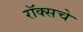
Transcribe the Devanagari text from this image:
रॉक्सचे